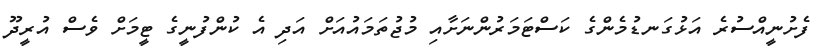
ފެށުނީއްސުރެ އަޅުގަނޑުމެންގެ ކަސްޓަމަރުންނަށާއި މުޖުތަމައުއަށް އަދި އެ ކުންފުނީގެ ޓީމަށް ވެސް އުރީދޫ